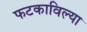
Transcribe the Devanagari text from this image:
फटकाविल्या